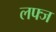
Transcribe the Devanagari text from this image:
लफ्ज